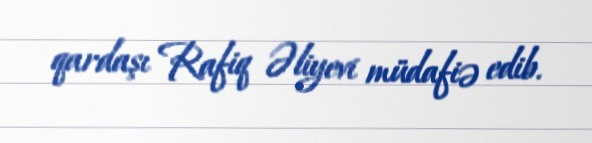
qardaşı Rafiq Əliyevi müdafiə edib.